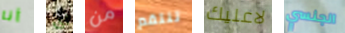
أنا اى من تنتقم لاعليك الجنسي